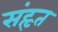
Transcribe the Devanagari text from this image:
संहृत